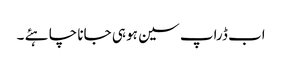
اب ڈراپ سین ہو ہی جانا چا ہئے ۔